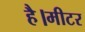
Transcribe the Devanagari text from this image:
है।मीटर